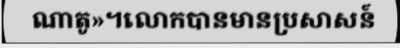
ណាតូ»។លោកបានមានប្រសាសន៍